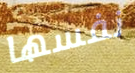
نفسها